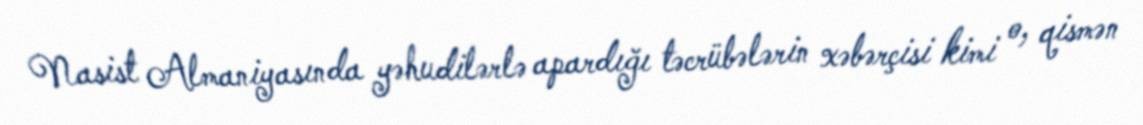
Nasist Almaniyasında yəhudilərlə apardığı təcrübələrin xəbərçisi kimi o, qismən